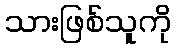
သားဖြစ်သူကို